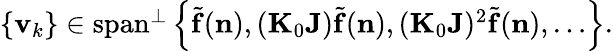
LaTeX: \begin{array}{r}{\left\{ {\mathbf v}_{k}\right\} \in\mathrm{span}^{\perp}\left\{ {\widetilde{\mathbf f}}({\mathbf n}),({\mathbf K}_{0}{\mathbf J}){\widetilde{\mathbf f}}({\mathbf n}),({\mathbf K}_{0}{\mathbf J})^{2}{\widetilde{\mathbf f}}({\mathbf n}),\ldots\right\} .}\end{array}